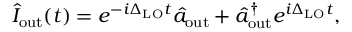
\hat { I } _ { \mathrm { o u t } } ( t ) = e ^ { - i \Delta _ { \mathrm { L O } } t } \hat { a } _ { \mathrm { o u t } } + \hat { a } _ { \mathrm { o u t } } ^ { \dagger } e ^ { i \Delta _ { \mathrm { L O } } t } ,